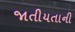
જાતીયતાની